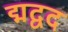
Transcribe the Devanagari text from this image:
द्मद्वद